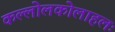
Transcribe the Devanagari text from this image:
कल्लोलकोलाहलः